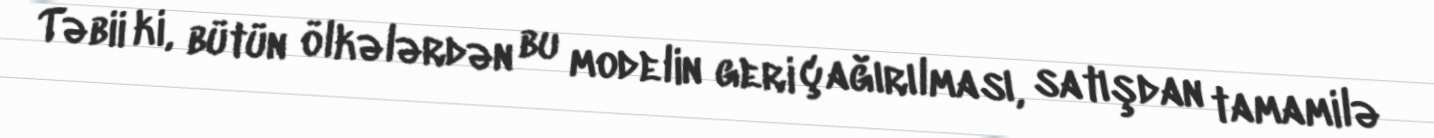
Təbii ki, bütün ölkələrdən bu modelin geri çağırılması, satışdan tamamilə